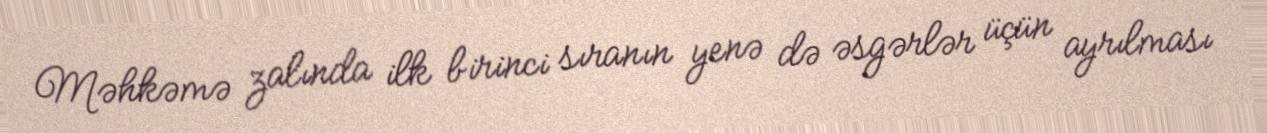
Məhkəmə zalında ilk birinci sıranın yenə də əsgərlər üçün ayrılması